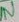
Text: IN